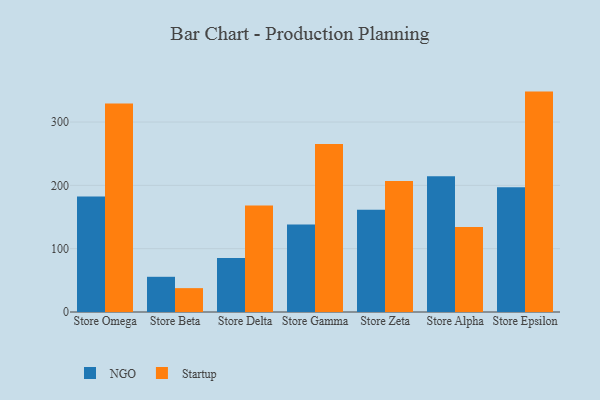
{"axis": {"x": "Store", "y": "Revenue (USD Million)"}, "legend": ["NGO", "Startup"], "data": [{"x": "Store Omega", "y": 182.5, "type": "NGO"}, {"x": "Store Omega", "y": 329.3, "type": "Startup"}, {"x": "Store Beta", "y": 55.6, "type": "NGO"}, {"x": "Store Beta", "y": 37.7, "type": "Startup"}, {"x": "Store Delta", "y": 85.4, "type": "NGO"}, {"x": "Store Delta", "y": 168.4, "type": "Startup"}, {"x": "Store Gamma", "y": 138.1, "type": "NGO"}, {"x": "Store Gamma", "y": 265.4, "type": "Startup"}, {"x": "Store Zeta", "y": 161.5, "type": "NGO"}, {"x": "Store Zeta", "y": 206.8, "type": "Startup"}, {"x": "Store Alpha", "y": 214.3, "type": "NGO"}, {"x": "Store Alpha", "y": 134.1, "type": "Startup"}, {"x": "Store Epsilon", "y": 196.9, "type": "NGO"}, {"x": "Store Epsilon", "y": 348.1, "type": "Startup"}]}